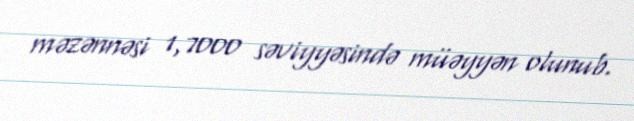
məzənnəsi 1,7000 səviyyəsində müəyyən olunub.